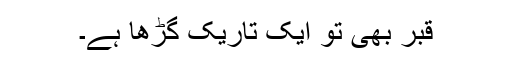
قبر بھی تو ایک تاریک گڑھا ہے۔